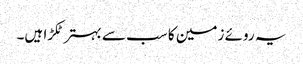
یہ روئے زمین کا سب سے بہتر ٹکڑا ہیں۔